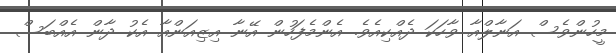
މީހުންވެސް އަނާލްއާ ވާހަކަ ދެއްކިއެވެ. އެންމެފަހުން އޭނާ އިޒިއަންއާ އެކު ދާން އެއްބަސް